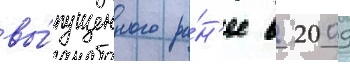
вы́пущенного ра́н'ее в 2009